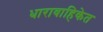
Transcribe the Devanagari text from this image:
धारावाहिकेत